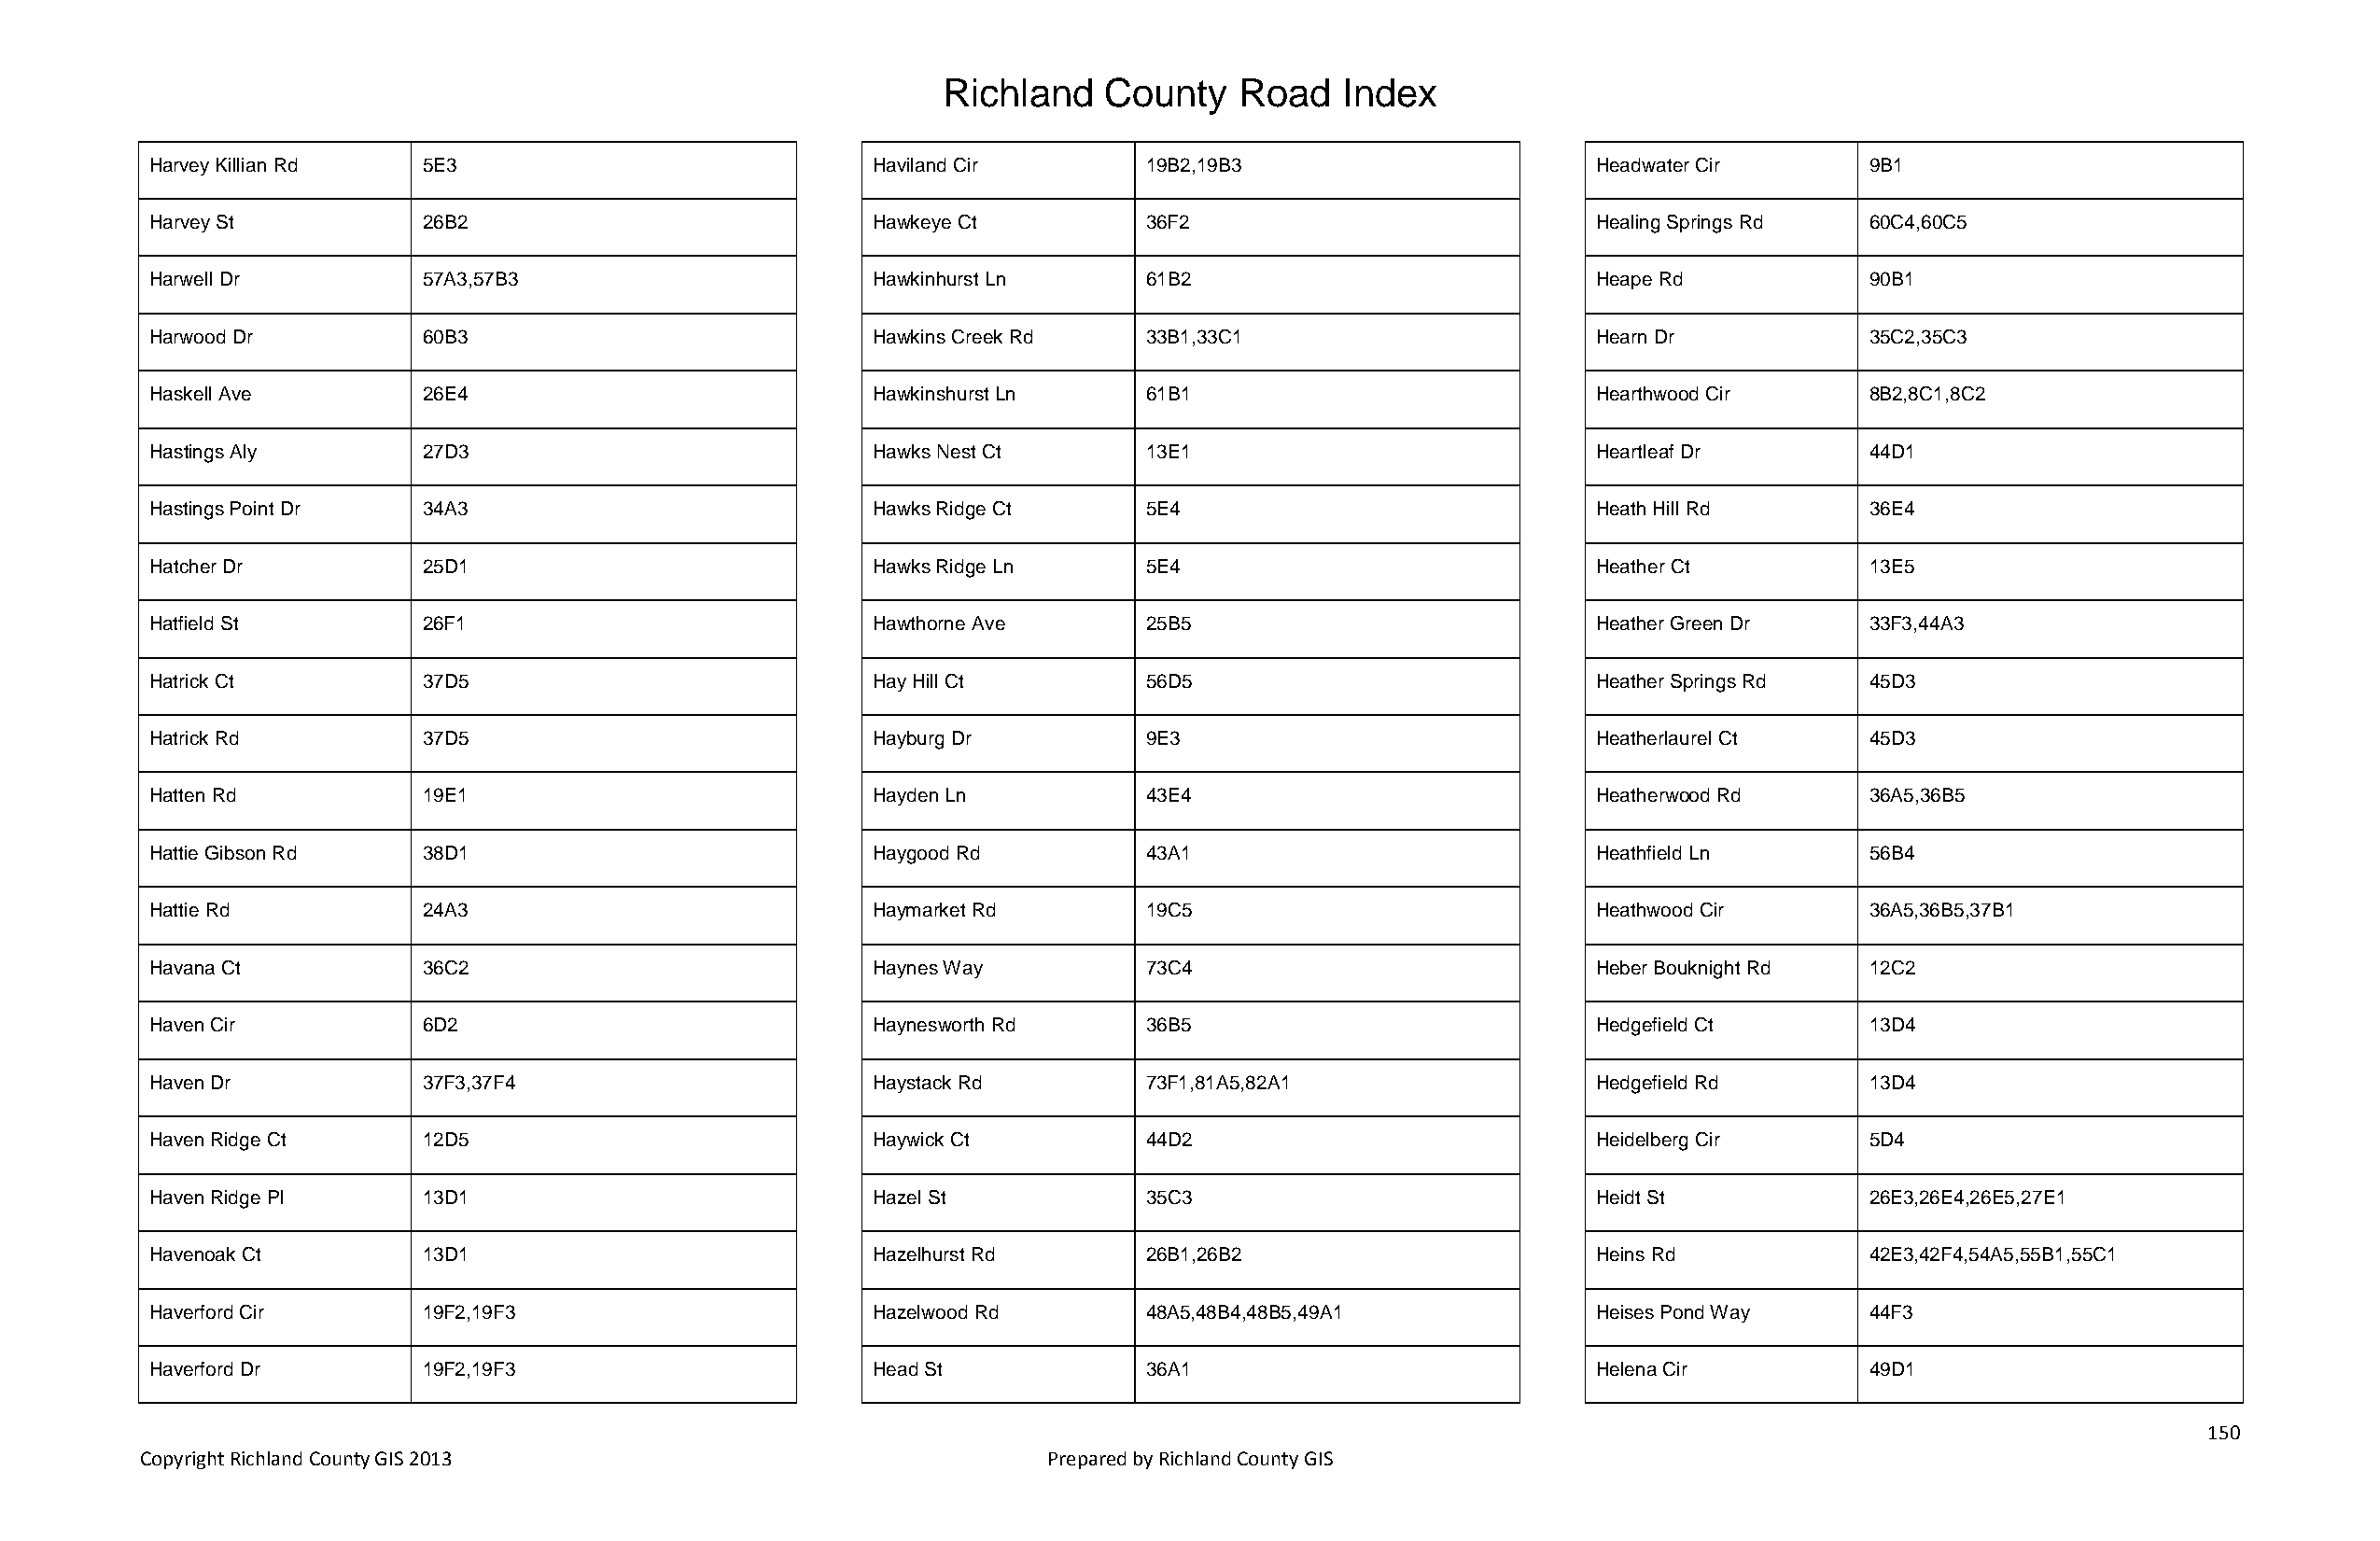
Richland   County    Road   Index
 Harvey Killian Rd  5E3                             Haviland Cir       19B2,19B3                       Headwater Cir       9B1
 Harvey St          26B2                            Hawkeye Ct         36F2                            Healing Springs Rd  60C4,60C5
 Harwell Dr         57A3,57B3                       Hawkinhurst Ln     61B2                            Heape Rd            90B1
 Harwood Dr         60B3                            Hawkins Creek Rd   33B1,33C1                       Hearn Dr            35C2,35C3
 Haskell Ave        26E4                            Hawkinshurst Ln    61B1                            Hearthwood Cir      8B2,8C1,8C2
 Hastings Aly       27D3                            Hawks Nest Ct      13E1                            Heartleaf Dr        44D1
 Hastings Point Dr  34A3                            Hawks Ridge Ct     5E4                             Heath Hill Rd       36E4
 Hatcher Dr         25D1                            Hawks Ridge Ln     5E4                             Heather Ct          13E5
 Hatfield St        26F1                            Hawthorne Ave      25B5                            Heather Green Dr    33F3,44A3
 Hatrick Ct         37D5                            Hay Hill Ct        56D5                            Heather Springs Rd  45D3
 Hatrick Rd         37D5                            Hayburg Dr         9E3                             Heatherlaurel Ct    45D3
 Hatten Rd          19E1                            Hayden Ln          43E4                            Heatherwood Rd      36A5,36B5
 Hattie Gibson Rd   38D1                            Haygood Rd         43A1                            Heathfield Ln       56B4
 Hattie Rd          24A3                            Haymarket Rd       19C5                            Heathwood Cir       36A5,36B5,37B1
 Havana Ct          36C2                            Haynes Way         73C4                            Heber Bouknight Rd  12C2
 Haven Cir          6D2                             Haynesworth Rd     36B5                            Hedgefield Ct       13D4
 Haven Dr           37F3,37F4                       Haystack Rd        73F1,81A5,82A1                  Hedgefield Rd       13D4
 Haven Ridge Ct     12D5                            Haywick Ct         44D2                            Heidelberg Cir      5D4
 Haven Ridge Pl     13D1                            Hazel St           35C3                            Heidt St            26E3,26E4,26E5,27E1
 Havenoak Ct        13D1                            Hazelhurst Rd      26B1,26B2                       Heins Rd            42E3,42F4,54A5,55B1,55C1
 Haverford Cir      19F2,19F3                       Hazelwood Rd       48A5,48B4,48B5,49A1             Heises Pond Way     44F3
 Haverford Dr       19F2,19F3                       Head St            36A1                            Helena Cir          49D1
 150
 Copyright Richland County GIS 2013                              Prepared by Richland County GIS